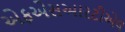
એફએસઆરટીએલ